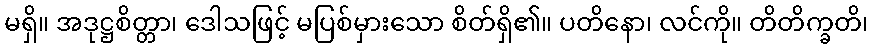
မရှိ။ အဒုဋ္ဌစိတ္တာ၊ ဒေါသဖြင့် မပြစ်မှားသော စိတ်ရှိ၏။ ပတိနော၊ လင်ကို။ တိတိက္ခတိ၊